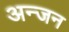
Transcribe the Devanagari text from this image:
अन्जन